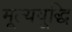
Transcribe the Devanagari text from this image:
मूल्यवूद्धि